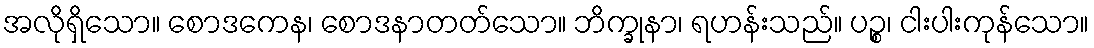
အလိုရှိသော။ စောဒကေန၊ စောဒနာတတ်သော။ ဘိက္ခုနာ၊ ရဟန်းသည်။ ပဉ္စ၊ ငါးပါးကုန်သော။